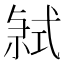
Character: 𭚤